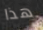
هذا